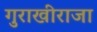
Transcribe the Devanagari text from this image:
गुराखीराजा